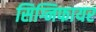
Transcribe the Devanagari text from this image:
सिग्निफायर